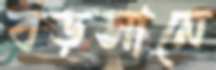
বড়সানে